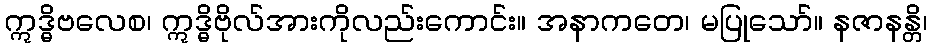
ဣဒ္ဓိဗလေစ၊ ဣဒ္ဓိဗိုလ်အားကိုလည်းကောင်း။ အနာကတေ၊ မပြုသော်။ နဇာနန္တိ၊